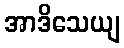
အာဒိသေယျ